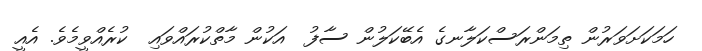
ހަމަކަށަވަރުން ތިމަންރަސްކަލާނގެ އެބޭކަލުން ސާފު  އަކުން މާތްކުރައްވައި  ކުރެއްވީމެވެ. އެއީ